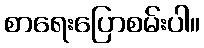
စာရေးပြောစမ်းပါ။